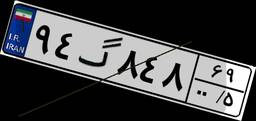
۵۸گ۶۲۷۲۳